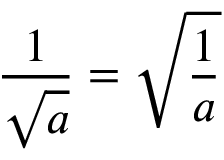
{ \frac { 1 } { \sqrt { a } } } = { \sqrt { \frac { 1 } { a } } }